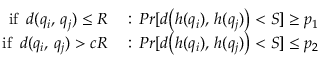
\begin{array} { r l } { \mathrm { i f } \, \, \, d ( q _ { i } , \, q _ { j } ) \leq R } & { { } : \, P r [ d \big ( h ( q _ { i } ) , \, h ( q _ { j } ) \big ) < S ] \geq p _ { 1 } } \\ { \mathrm { i f } \, \, \, d ( q _ { i } , \, q _ { j } ) > c R } & { { } : \, P r [ d \big ( h ( q _ { i } ) , \, h ( q _ { j } ) \big ) < S ] \leq p _ { 2 } } \end{array}